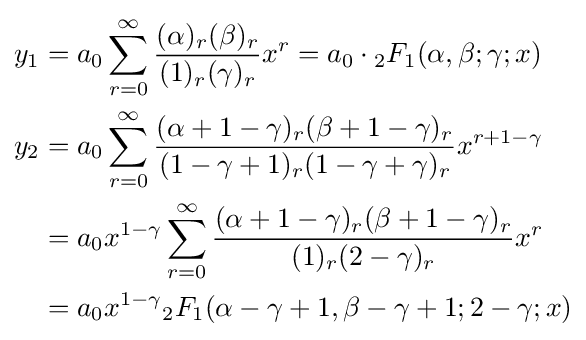
{\begin{aligned}y_{1}&=a_{0}\sum _{r=0}^{\infty }{\frac {(\alpha )_{r}(\beta )_{r}}{(1)_{r}(\gamma )_{r}}}x^{r}=a_{0}\cdot {{}_{2}F_{1}}(\alpha ,\beta ;\gamma ;x)\\y_{2}&=a_{0}\sum _{r=0}^{\infty }{\frac {(\alpha +1-\gamma )_{r}(\beta +1-\gamma )_{r}}{(1-\gamma +1)_{r}(1-\gamma +\gamma )_{r}}}x^{r+1-\gamma }\\&=a_{0}x^{1-\gamma }\sum _{r=0}^{\infty }{\frac {(\alpha +1-\gamma )_{r}(\beta +1-\gamma )_{r}}{(1)_{r}(2-\gamma )_{r}}}x^{r}\\&=a_{0}x^{1-\gamma }{{}_{2}F_{1}}(\alpha -\gamma +1,\beta -\gamma +1;2-\gamma ;x)\end{aligned}}